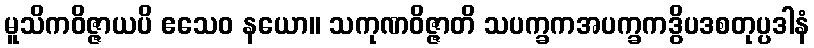
မူသိကဝိဇ္ဇာယပိ ဧသေဝ နယော။ သကုဏဝိဇ္ဇာတိ သပက္ခကအပက္ခကဒွိပဒစတုပ္ပဒါနံ